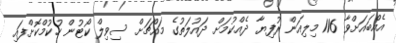
އެއްބައަށްވާ 116 މިލިއަން ރުފިޔާ ދެއްކުމަށް ދައުލަތުގެ މައްޗަށް ސިވިލް ކޯޓުން ހުކުމްކޮށްފައި